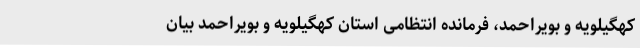
کهگیلویه و بویراحمد، فرمانده انتظامی استان کهگیلویه و بویراحمد بیان